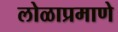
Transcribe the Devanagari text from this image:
लोळाप्रमाणे